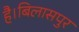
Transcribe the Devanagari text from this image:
है।बिलासपुर